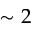
\sim 2